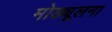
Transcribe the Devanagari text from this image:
मोड्यूलना